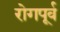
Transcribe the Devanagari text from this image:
रोगपूर्व